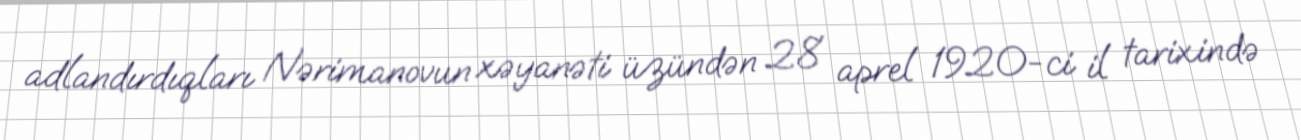
adlandırdıqları Nərimanovun xəyanəti üzündən 28 aprel 1920-ci il tarixində